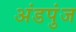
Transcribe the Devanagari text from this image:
अंडपुंज